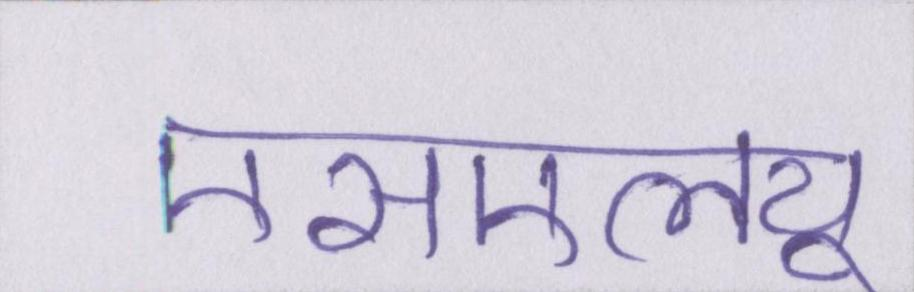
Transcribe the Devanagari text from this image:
एसएलयू